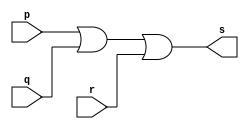
// ------------------------- 
// Exercicio0010 - NOR
// Nome: Marcio Santana Correa 
// ------------------------- 
// ------------------------- 
// -- or gate 1
// ------------------------- 
module orgate1 ( output s, input p, input q, input r ); 
assign s = p | q | r; 
endmodule // orgate 
// --------------------- 
// -- or gate 2
// --------------------- 
module orgate2 ( output x, input s ); 
assign x = s | s; 
endmodule // orgate

module testorgate; 
// ------------------------- dados locais 
reg a, b, c; // definir registradores 
wire s; // definir conexao (fio) 
// ------------------------- instancia 
orgate1 OR1 (s, a, b, c);
orgate2 OR2 (x, s);
// ------------------------- preparacao 
initial begin:start 
// atribuicao simultanea 
// dos valores iniciais 
a=0; b=0; c=0;
end 
// ------------------------- parte principal 
initial begin 
$display("Exercicio10 - Marcio Santana Correa - 345368"); 
$display("Test OR gate"); 
$display("\na | b | c = s\n"); 
a=0; b=0; c=0;
$monitor("%b | %b | %b = %b", a, b, c, x); 
#1 a=0; b=0; c=1;
#1 a=0; b=1; c=0;
#1 a=0; b=1; c=1;
#1 a=1; b=0; c=0;
#1 a=1; b=0; c=1;
#1 a=1; b=1; c=0;
#1 a=1; b=1; c=1;
end 
endmodule // testorgate